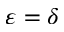
\varepsilon = \delta